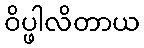
ဝိပ္ဖါလိတာယ